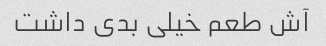
آش طعم خیلی بدی داشت